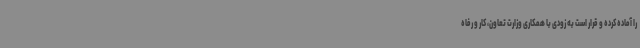
را آماده کرده و قرار است به زودی با همکاری وزارت تعاون، کار و رفاه